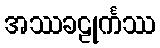
အဿခဠုင်္ကဿ